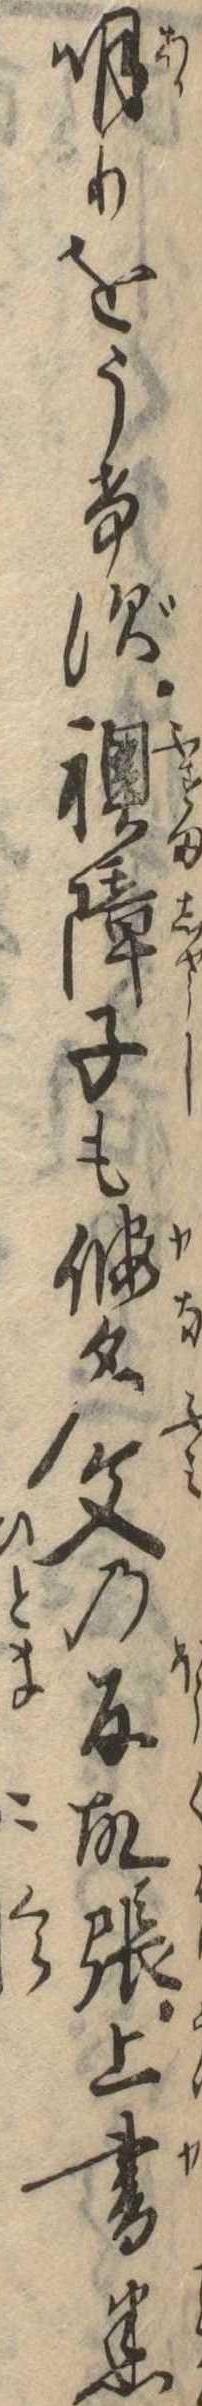
明りをうけず襖障子も仮名文の反故張上書悉